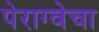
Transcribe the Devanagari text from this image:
पेराग्वेचा